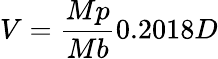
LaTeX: V={\frac{Mp}{Mb}}0.2018D